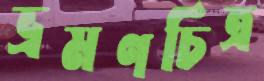
ভ্রমণচিত্র